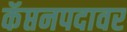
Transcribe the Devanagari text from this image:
कॅप्तनपदावर